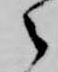
々